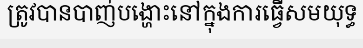
ត្រូវបានបាញ់បង្ហោះនៅក្នុងការធ្វើសមយុទ្ធ